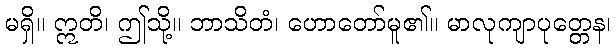
မရှိ။ ဣတိ၊ ဤသို့။ ဘာသိတံ၊ ဟောတော်မူ၏။ မာလုကျာပုတ္တေန၊